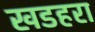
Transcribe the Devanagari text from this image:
खडहरा